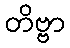
တိဗ္ဗာ